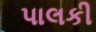
પાલકી